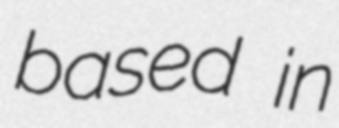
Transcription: based in